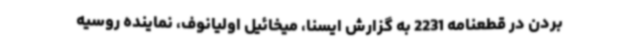
بردن در قطعنامه 2231 به گزارش ایسنا، میخائیل اولیانوف، نماینده روسیه